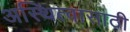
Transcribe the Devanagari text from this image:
अस्थित्वासाठी